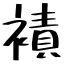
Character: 襀